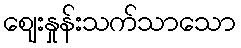
ဈေးနှုန်းသက်သာသော